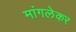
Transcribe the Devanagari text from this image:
मांगलेकर